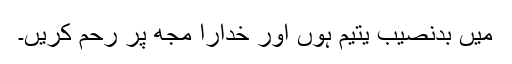
میں بدنصیب یتیم ہوں اور خدارا مجھ پر رحم کریں۔